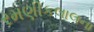
રમણીકલાલના